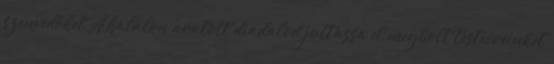
szenvedőket A halálon aratott diadalod juttassa el megholt testvéreinket